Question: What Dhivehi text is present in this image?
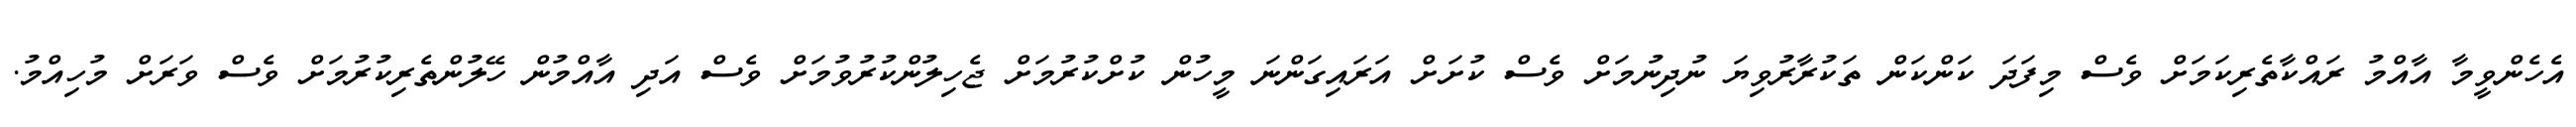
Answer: އެހެންވީމާ އާއްމު ރައްކާތެރިކަމަށް ވެސް މިފަދަ ކަންކަން ތަކުރާރުވިޔަ ނުދިނުމަށް ވެސް ކުށަށް އަރައިގަންނަ މީހުން ކުށްކުރުމަށް ޖެހިލުންކުރުވުމަށް ވެސް އަދި އާއްމުން ހޭލުންތެރިކުރުމަށް ވެސް ވަރަށް މުހިއްމު.